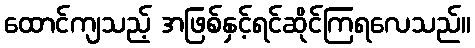
ထောင်ကျသည့် အဖြစ်နှင့်ရင်ဆိုင်ကြရလေသည်။